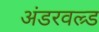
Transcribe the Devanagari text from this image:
अंडरवल्र्ड